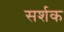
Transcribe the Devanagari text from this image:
सर्शक